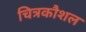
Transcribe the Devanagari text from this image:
चित्रकौशल